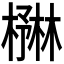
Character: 𪳻